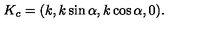
K _ { c } = ( k , k \sin \alpha , k \cos \alpha , 0 ) .